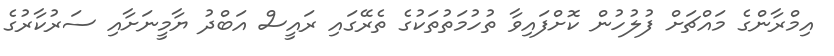
އިމްރާންގެ މައްޗަށް ފުލުހުން ކޮށްފައިވާ ތުހުމަތުތަކުގެ ތެރޭގައި ރައީސް އަބްދު ޔާމީނަށާއި ސަރުކާރުގެ